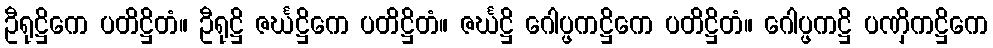
ဦရုဋ္ဌိကေ ပတိဋ္ဌိတံ။ ဦရုဋ္ဌိ ဇင်္ဃဋ္ဌိကေ ပတိဋ္ဌိတံ။ ဇင်္ဃဋ္ဌိ ဂေါပ္ဖကဋ္ဌိကေ ပတိဋ္ဌိတံ။ ဂေါပ္ဖကဋ္ဌိ ပဏှိကဋ္ဌိကေ